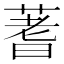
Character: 蓍